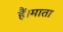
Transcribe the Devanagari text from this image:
हैं।माता